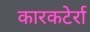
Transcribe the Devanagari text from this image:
कारकटेर्रा